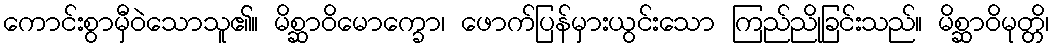
ကောင်းစွာမှီဝဲသောသူ၏။ မိစ္ဆာဝိမောက္ခော၊ ဖောက်ပြန်မှားယွင်းသော ကြည်ညိုခြင်းသည်။ မိစ္ဆာဝိမုတ္တိ၊